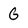
Character: G